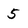
Character: 5